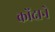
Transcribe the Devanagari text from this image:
कोंदाने